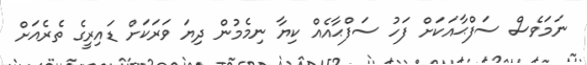
ނަމަވެސް ސަފްޙާއަކަށް ފަހު ސަފްޙާއެއް ކިޔާ ނިމެމުން ދިޔަ ވަރަކަށް ޑައިރީގެ ތެރެއަށް